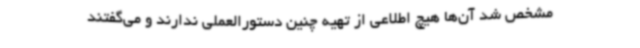
مشخص شد آن‌ها هیچ اطلاعی از تهیه چنین دستورالعملی ندارند و می‌گفتند